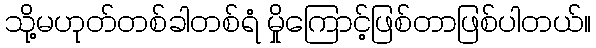
သို့မဟုတ်တစ်ခါတစ်ရံ မှိုကြောင့်ဖြစ်တာဖြစ်ပါတယ်။